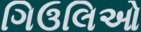
ગિઉલિઓ